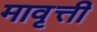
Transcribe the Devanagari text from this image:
मावृत्ती